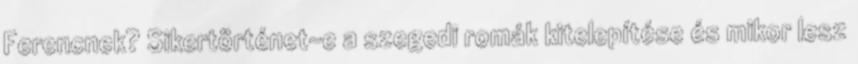
Ferencnek? Sikertörténet-e a szegedi romák kitelepítése és mikor lesz